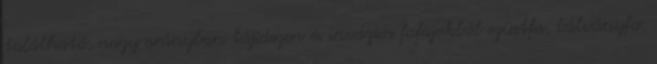
található, nagy arányban tájidegen és inváziós fafajokból ezüstfa, bálványfa,